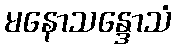
မနောသန္ဒောသံ